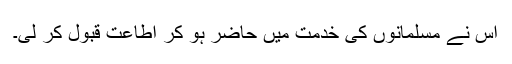
اس نے مسلمانوں کی خدمت میں حاضر ہو کر اطاعت قبول کر لی۔